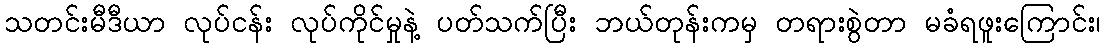
သတင်းမီဒီယာ လုပ်ငန်း လုပ်ကိုင်မှုနဲ့ ပတ်သက်ပြီး ဘယ်တုန်းကမှ တရားစွဲတာ မခံရဖူးကြောင်း၊